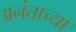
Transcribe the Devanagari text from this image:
अनंताच्या